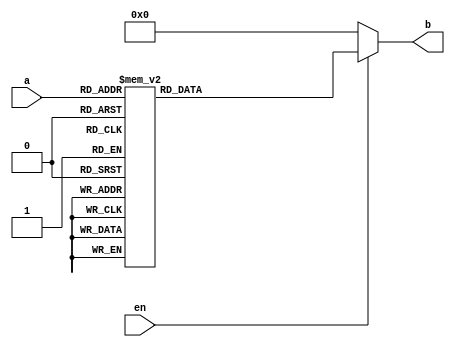
module decode_3t8 (
    input en,
    input wire[2:0] a,
    output reg[7:0] b
);
always @(*) begin
    if(en==0) b <= 8'd0;
    else begin
    case (a)
        3'd0 : b <= 8'b0000_0001;
        3'd1 : b <= 8'b0000_0010;
        3'd2 : b <= 8'b0000_0100;
        3'd3 : b <= 8'b0000_1000;
        3'd4 : b <= 8'b0001_0000;
        3'd5 : b <= 8'b0010_0000;
        3'd6 : b <= 8'b0100_0000;
        3'd7 : b <= 8'b1000_0000;
    endcase
    end
end
endmodule